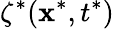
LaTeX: \zeta^{*}(\mathbf{x}^{*},t^{*})